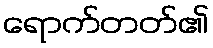
ရောက်တတ်၏